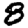
Digit: 8